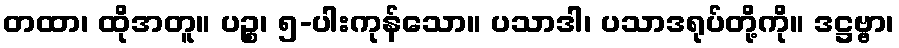
တထာ၊ ထိုအတူ။ ပဉ္စ၊ ၅-ပါးကုန်သော။ ပသာဒါ၊ ပသာဒရုပ်တို့ကို။ ဒဋ္ဌဗ္ဗာ၊